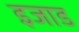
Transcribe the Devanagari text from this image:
इजाड